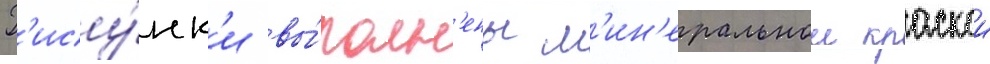
Р'ису́нк'и вы́полн'ены м'ин'еральнои краскои